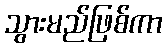
သွားမည်ဖြစ်ကာ